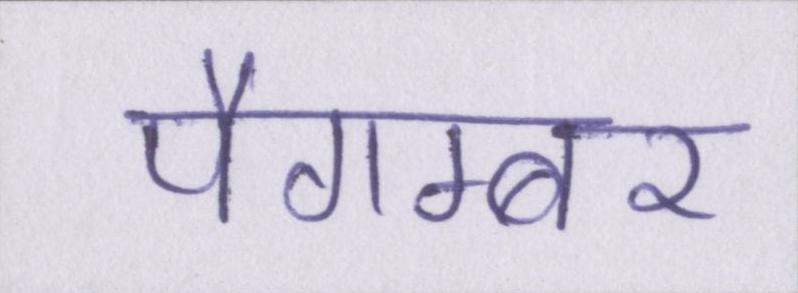
पैगम्बर